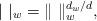
LaTeX: \begin{align*}|\ |_w = \|\ \|_w^{d_w/d},\end{align*}